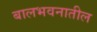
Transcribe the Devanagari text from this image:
बालभवनातील